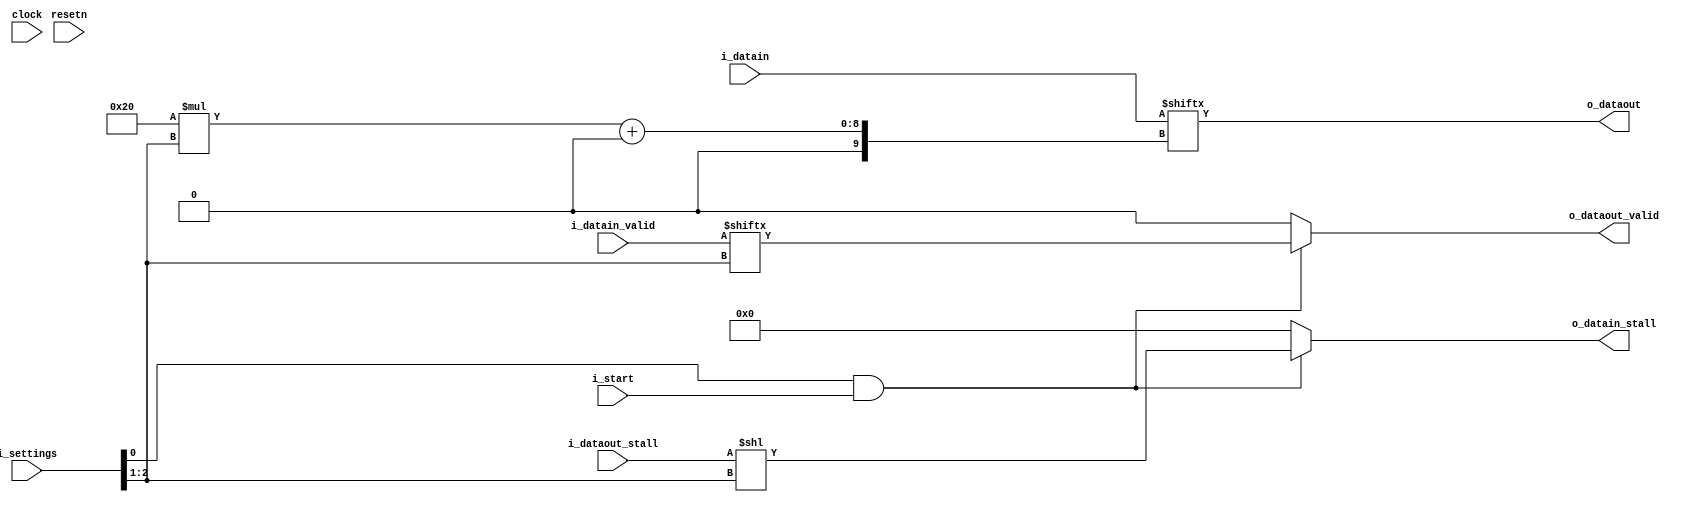
module fanout_merger(clock, resetn, 
  i_datain, i_datain_valid, o_datain_stall, 
  o_dataout, i_dataout_stall, o_dataout_valid,
  i_settings, i_start);

parameter DATA_WIDTH = 32;
parameter NUM_FANINS = 4;
parameter NUM_CONFIG_BITS = 3;
parameter IN_SIMPLE_MODE = 0;

 input clock, resetn;
 input [NUM_FANINS*DATA_WIDTH-1:0] i_datain;
 input [NUM_FANINS-1:0] i_datain_valid;
 output [NUM_FANINS-1:0] o_datain_stall;
 output [DATA_WIDTH-1:0] o_dataout;
 input i_dataout_stall;
 output  o_dataout_valid;
 input [NUM_CONFIG_BITS-1:0] i_settings;
 input i_start;

reg [DATA_WIDTH-1:0] inter;
 
generate
  if ( IN_SIMPLE_MODE == 1) // just implement giant OR gate
  begin

    always @(*)
    begin
     integer i,j;
     for (i=0; i < DATA_WIDTH; i =i+1)
     begin
        inter[i] = 1'b0;
        for (j=0; j < NUM_FANINS; j = j+1)
        begin
           inter[i] = inter[i] | i_datain[j*DATA_WIDTH+i];
        end
     end
    end
     assign o_dataout = inter;
     assign o_dataout_valid = |i_datain_valid;  
     assign o_datain_stall = {NUM_FANINS{i_dataout_stall}};
  end
  else
  begin
    //assign o_dataout = !(i_settings[0] & i_start) ? {DATA_WIDTH{1'b0}} : i_datain[DATA_WIDTH*i_settings[NUM_CONFIG_BITS-1:1] +: DATA_WIDTH];

    assign o_dataout = i_datain[DATA_WIDTH*i_settings[NUM_CONFIG_BITS-1:1] +: DATA_WIDTH];

    assign o_dataout_valid = !(i_settings[0] & i_start) ? 1'b0 : i_datain_valid[i_settings[NUM_CONFIG_BITS-1:1]];
  
    assign o_datain_stall = !(i_settings[0] & i_start) ? {NUM_FANINS{1'b0}} : {{NUM_FANINS{1'b0}}, i_dataout_stall} << i_settings[NUM_CONFIG_BITS-1:1];
  end
endgenerate

endmodule